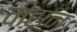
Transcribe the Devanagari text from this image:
वीसन